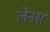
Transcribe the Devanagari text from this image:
लेनस